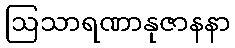
ဩသာရဏာနုဇာနနာ